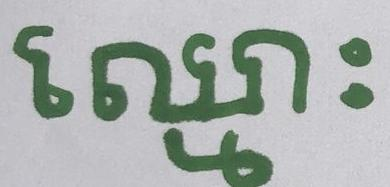
ឈ្មោះ